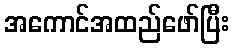
အကောင်အထည်ဖော်ပြီး